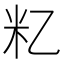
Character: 𬖋